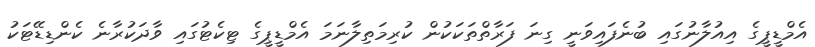
އެމްޑީޕީގެ އިއުލާނުގައި ބުނެފައިވަނީ ގިނަ ފަރާތްތަކަކުން ކުރިމަތިލާނަަމަ އެމްޑީޕީގެ ޓިކެޓުގައި ވާދަކުރާނެ ކެންޑިޑޭޓަކު